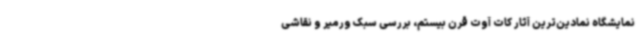
نمایشگاه نمادین‌ترین آثار کات آوت قرن بیستم، بررسی سبک ورمیر و نقاشی